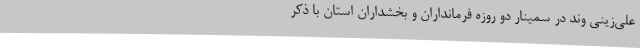
علی‌زینی وند در سمینار دو روزه فرمانداران و بخشداران استان با ذکر